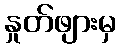
နှုတ်ဖျားမှ